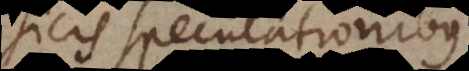
icis speculationibus